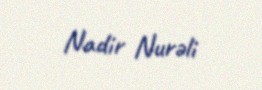
Nadir Nurəli